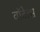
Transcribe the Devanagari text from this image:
वॉटेल्स